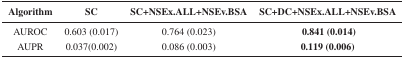
<table><thead><tr><td><b>Algorithm</b></td><td><b>SC</b></td><td><b>SC+NSEx.ALL+NSEv.BSA</b></td><td><b>SC+DC+NSEx.ALL+NSEv.BSA</b></td></tr></thead><tbody><tr><td>AUROC</td><td>0.603 (0.017)</td><td>0.764 (0.023)</td><td><b>0.841 (0.014)</b></td></tr><tr><td>AUPR</td><td>0.037(0.002)</td><td>0.086 (0.003)</td><td><b>0.119 (0.006)</b></td></tr></tbody></table>